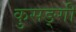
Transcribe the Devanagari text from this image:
कुसङ्गी